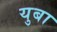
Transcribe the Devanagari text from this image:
युबा